Sleeping sickness
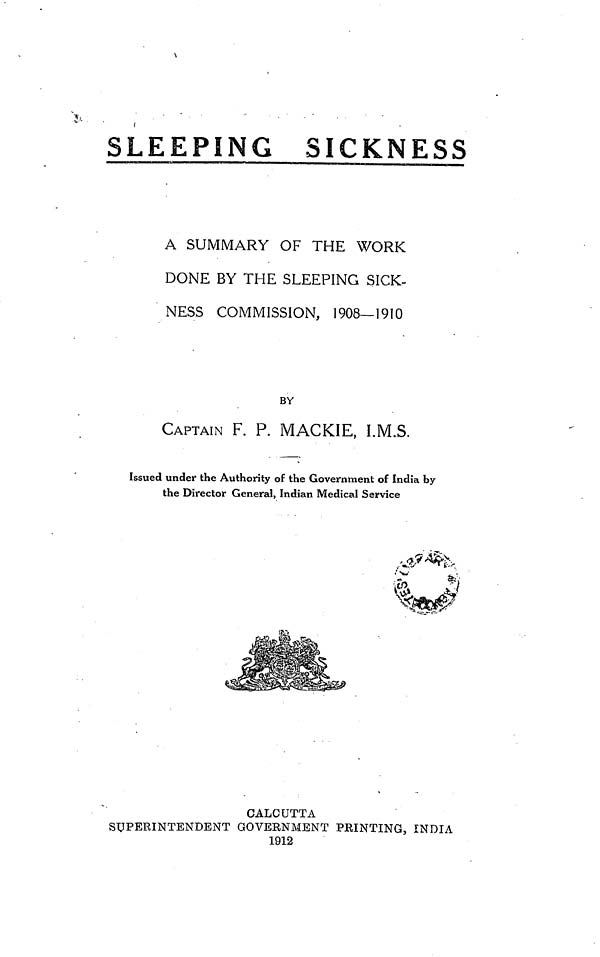
SLEEPING SICKNESS
A SUMMARY OF THE WORK
DONE BY THE SLEEPING SICK-
NESS COMMISSION, 1908—1910
BY
CAPTAIN F. P. MACKIE, I.M.S.
Issued under the Authority of the Government of India by
the Director General, Indian Medical Service
CALCUTTA
SUPERINTENDENT GOVERNMENT PRINTING, INDIA
1912